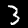
Digit: 3